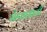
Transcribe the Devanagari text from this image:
गेड्यासाठी